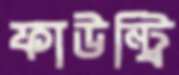
ফাউন্ট্রি